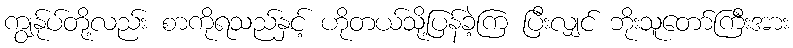
ကျွန်ုပ်တို့လည်း စာကိုရသည်နှင့် ဟိုတယ်သို့ပြန်ခဲ့ကြ ပြီးလျှင် ဘိုးသူတော်ကြီးအား